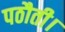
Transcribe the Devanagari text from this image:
पठौती।